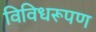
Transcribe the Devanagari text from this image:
विविधरूपण